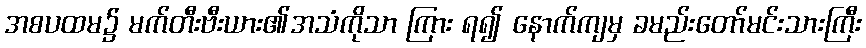
အစပထမ၌ မက်တီးဗီးယား၏အသံကိုသာ ကြား ရ၍ နောက်ကျမှ ခမည်းတော်မင်းသားကြီး